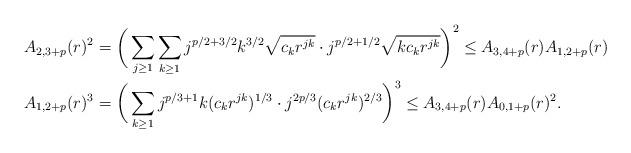
LaTeX: \begin{align*} A_{2,3+p}(r)^2 &= \bigg( \sum_{j\ge 1}\sum_{k\ge 1}j^{p/2+3/2}k^{3/2}\sqrt{c_k r^{jk}} \cdot j^{p/2+1/2}\sqrt{kc_kr^{jk}} \bigg)^2 \le A_{3,4+p}(r)A_{1,2+p}(r) \quad \\ A_{1,2+p}(r)^3 &= \bigg(\sum_{k\ge 1} j^{p/3+1} k (c_kr^{jk})^{1/3} \cdot j^{2p/3}(c_kr^{jk})^{2/3} \bigg)^3 \le A_{3,4+p}(r) A_{0,1+p}(r)^2.\end{align*}